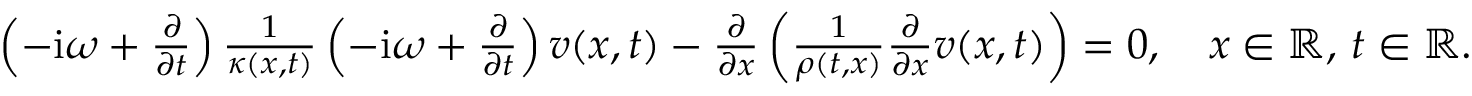
\begin{array} { r } { \left( - \mathrm { i } \omega + \frac { \partial } { \partial t } \right) \frac { 1 } { \kappa ( x , t ) } \left( - \mathrm { i } \omega + \frac { \partial } { \partial t } \right) v ( x , t ) - \frac { \partial } { \partial x } \left( \frac { 1 } { \rho ( t , x ) } \frac { \partial } { \partial x } v ( x , t ) \right) = 0 , \quad x \in \mathbb { R } , \, t \in \mathbb { R } . } \end{array}